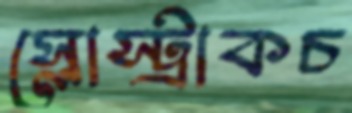
স্লোস্ট্রাকচ